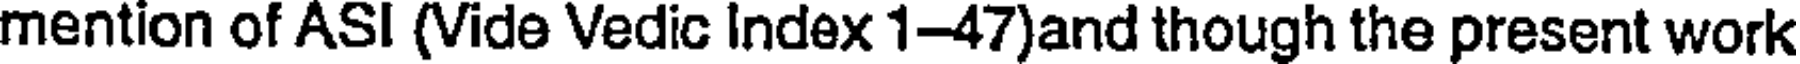
mention of ASI (Vide Vedic Index 1-47)and though the present work